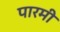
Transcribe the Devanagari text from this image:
पारमी